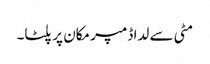
مٹی سے لدا ڈمپر مکان پر پلٹا۔